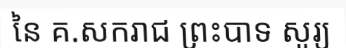
នៃ គ.សករាជ ព្រះបាទ សូរ្យ